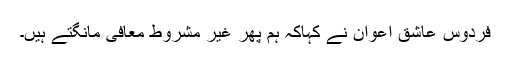
فردوس عاشق اعوان نے کہاکہ ہم پھر غیر مشروط معافی مانگتے ہیں۔